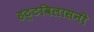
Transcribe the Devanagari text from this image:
हट्टविलासनी